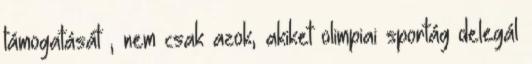
támogatását , nem csak azok, akiket olimpiai sportág delegál